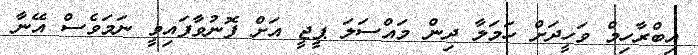
އިބްރާހިމް ވަހީދަށް ހަމަލާ ދިން މައްސަލަ ޕީޖީ އަށް ފޮނުވާފައިވީ ނަމަވެސް އޭނާ